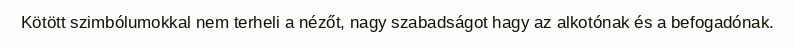
Kötött szimbólumokkal nem terheli a nézőt, nagy szabadságot hagy az alkotónak és a befogadónak.